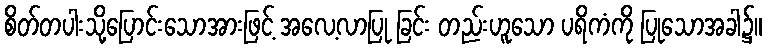
စိတ်တပါးသို့ပြောင်းသောအားဖြင့် အလေ့လာပြု ခြင်း တည်းဟူသော ပရိကံကို ပြုသောအခါ၌။